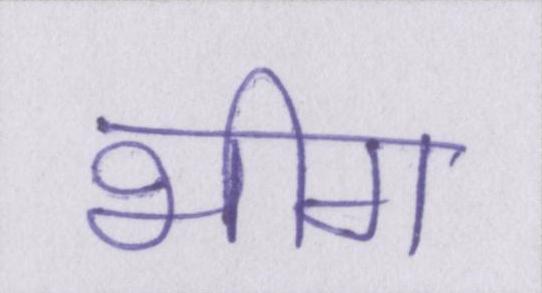
भीग